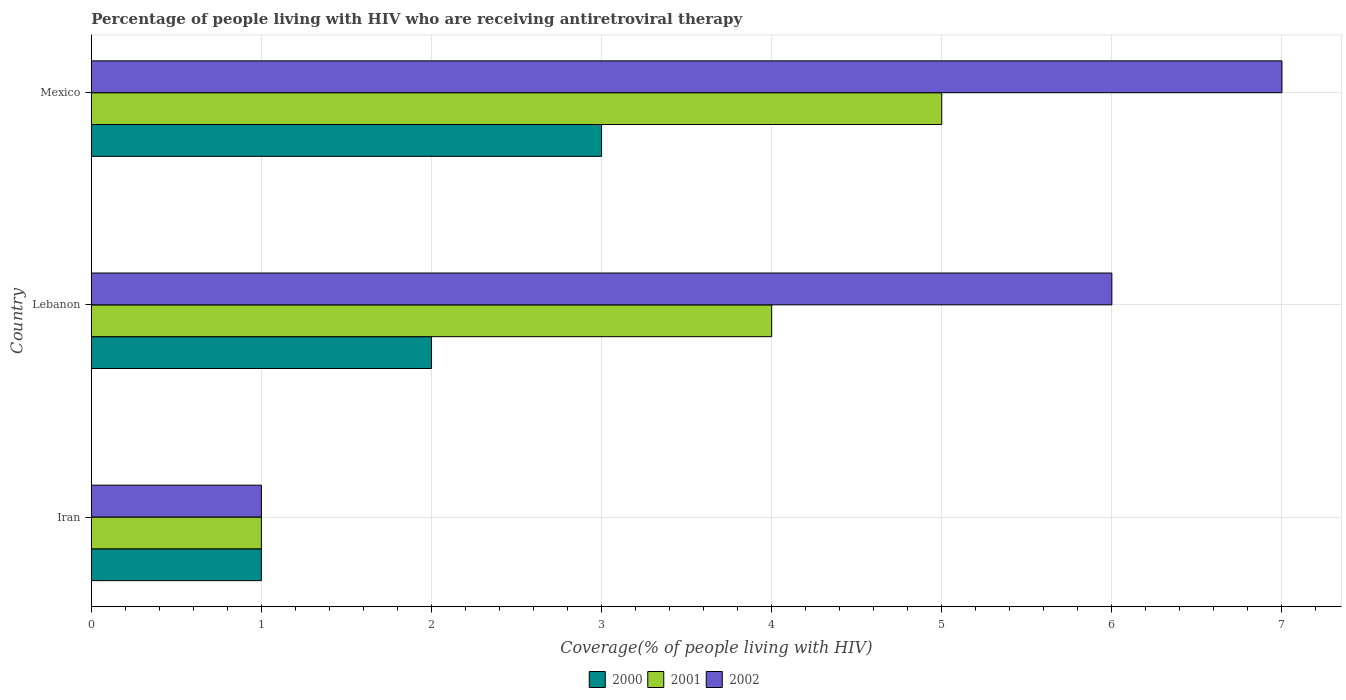
| Country | 2000 | 2001 | 2002 |
 | --- | --- | --- | --- |
 | Iran | 1 | 1 | 1 |
 | Lebanon | 2 | 4 | 6 |
 | Mexico | 3 | 5 | 7 |